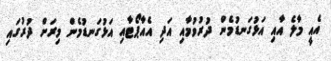
އެއީ މާލެ އާއި އަޅުގަނޑުމެން ދުރުވުމާއި އަދި އެއާޕޯޓާއި އަޅުގަނޑުމެން މިރަށް ދުރުގައި